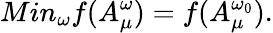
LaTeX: Min_{\omega}f(A_{\mu}^{\omega})=f(A_{\mu}^{\omega_{0}}).